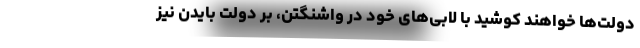
دولت‌ها خواهند کوشید با لابی‌های خود در واشنگتن، بر دولت بایدن نیز